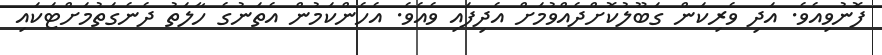
ފޮނުވިއެވެ. އަދި ވެރިކަން ގަބޫލުކޮށްދެއްވުމަށް އެދިފައި ވެއެވެ. އެހެންކަމުން އެތަނުގެ ހާލަތު ދެނެގަތުމަށްޓަކައި